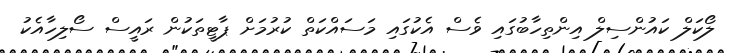
ލޯކަލް ކައުންސިލް އިންތިހާބުގައި ވެސް އެކުގައި މަސައްކަތް ކުރުމަށް ޕާޓީތަކުން ރައީސް ސޯލިހާއެކު